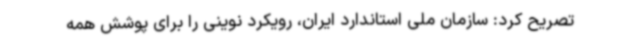
تصریح کرد: سازمان ملی استاندارد ایران، رویکرد نوینی را برای پوشش همه